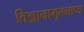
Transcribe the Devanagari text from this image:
विज्ञानामृतभाष्य